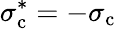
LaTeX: \sigma_{\mathrm{c}}^{*}=-\sigma_{\mathrm{c}}